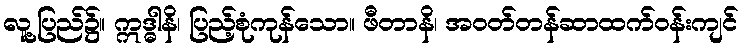
လူ့ပြည်၌။ ဣဒ္ဓါနိ၊ ပြည့်စုံကုန်သော။ ဖီတာနိ၊ အဝတ်တန်ဆာထက်ဝန်းကျင်